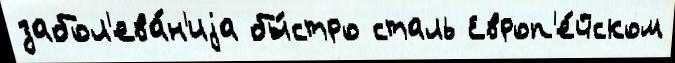
забол'ева́н'иjа бы́стро сталь Европ'е́йском